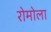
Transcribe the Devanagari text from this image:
रोमोला